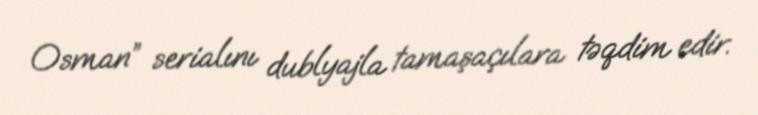
Osman” serialını dublyajla tamaşaçılara təqdim edir.